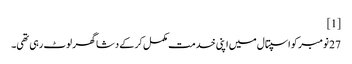
[1]
27 نومبر کو اسپتال میں اپنی خدمت مکمل کر کے دشا گھر لوٹ رہی تھی۔